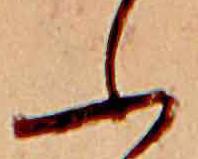
ふ